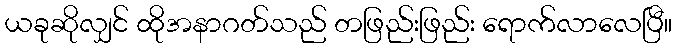
ယခုဆိုလျှင် ထိုအနာဂတ်သည် တဖြည်းဖြည်း ရောက်လာလေပြီ။